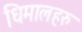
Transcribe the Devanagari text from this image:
धिमालहरु